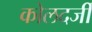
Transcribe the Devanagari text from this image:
कोलदर्जी